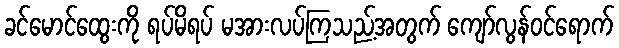
ခင်မောင်ထွေးကို ရပ်မိရပ် မအားလပ်ကြသည့်အတွက် ကျော်လွန်ဝင်ရောက်